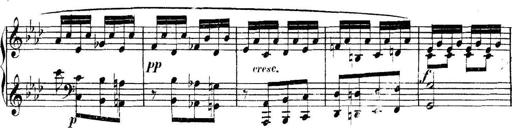
Title: Collected Piano Sonatas
Composer: Muzio Clementi